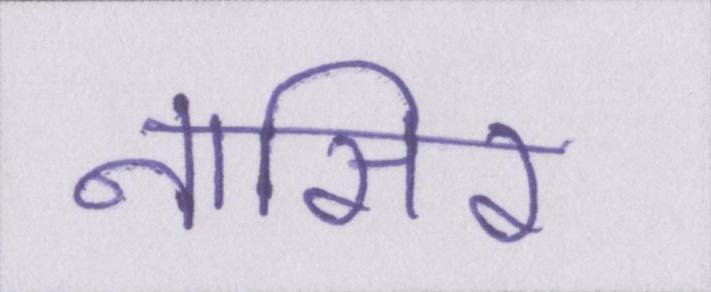
नासिर